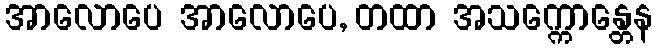
အာလောပေ အာလောပေ, တထာ အသက္ကောန္တေန